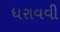
ધરાવવી